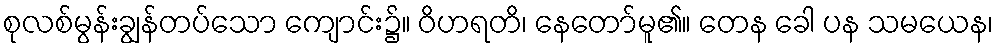
စုလစ်မွန်းချွန်တပ်သော ကျောင်း၌။ ဝိဟရတိ၊ နေတော်မူ၏။ တေန ခေါ ပန သမယေန၊